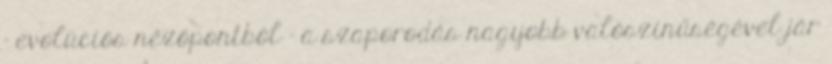
– evolúciós nézőpontból – a szaporodás nagyobb valószínűségével jár